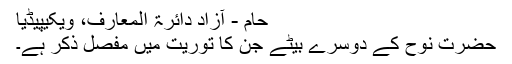
حام - آزاد دائرۃ المعارف، ویکیپیڈیا
حضرت نوح کے دوسرے بیٹے جن کا توریت میں مفصل ذکر ہے۔